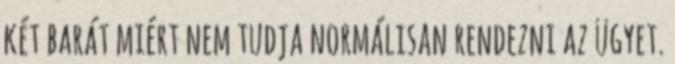
két barát miért nem tudja normálisan rendezni az ügyet.